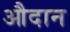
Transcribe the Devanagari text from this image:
औदान